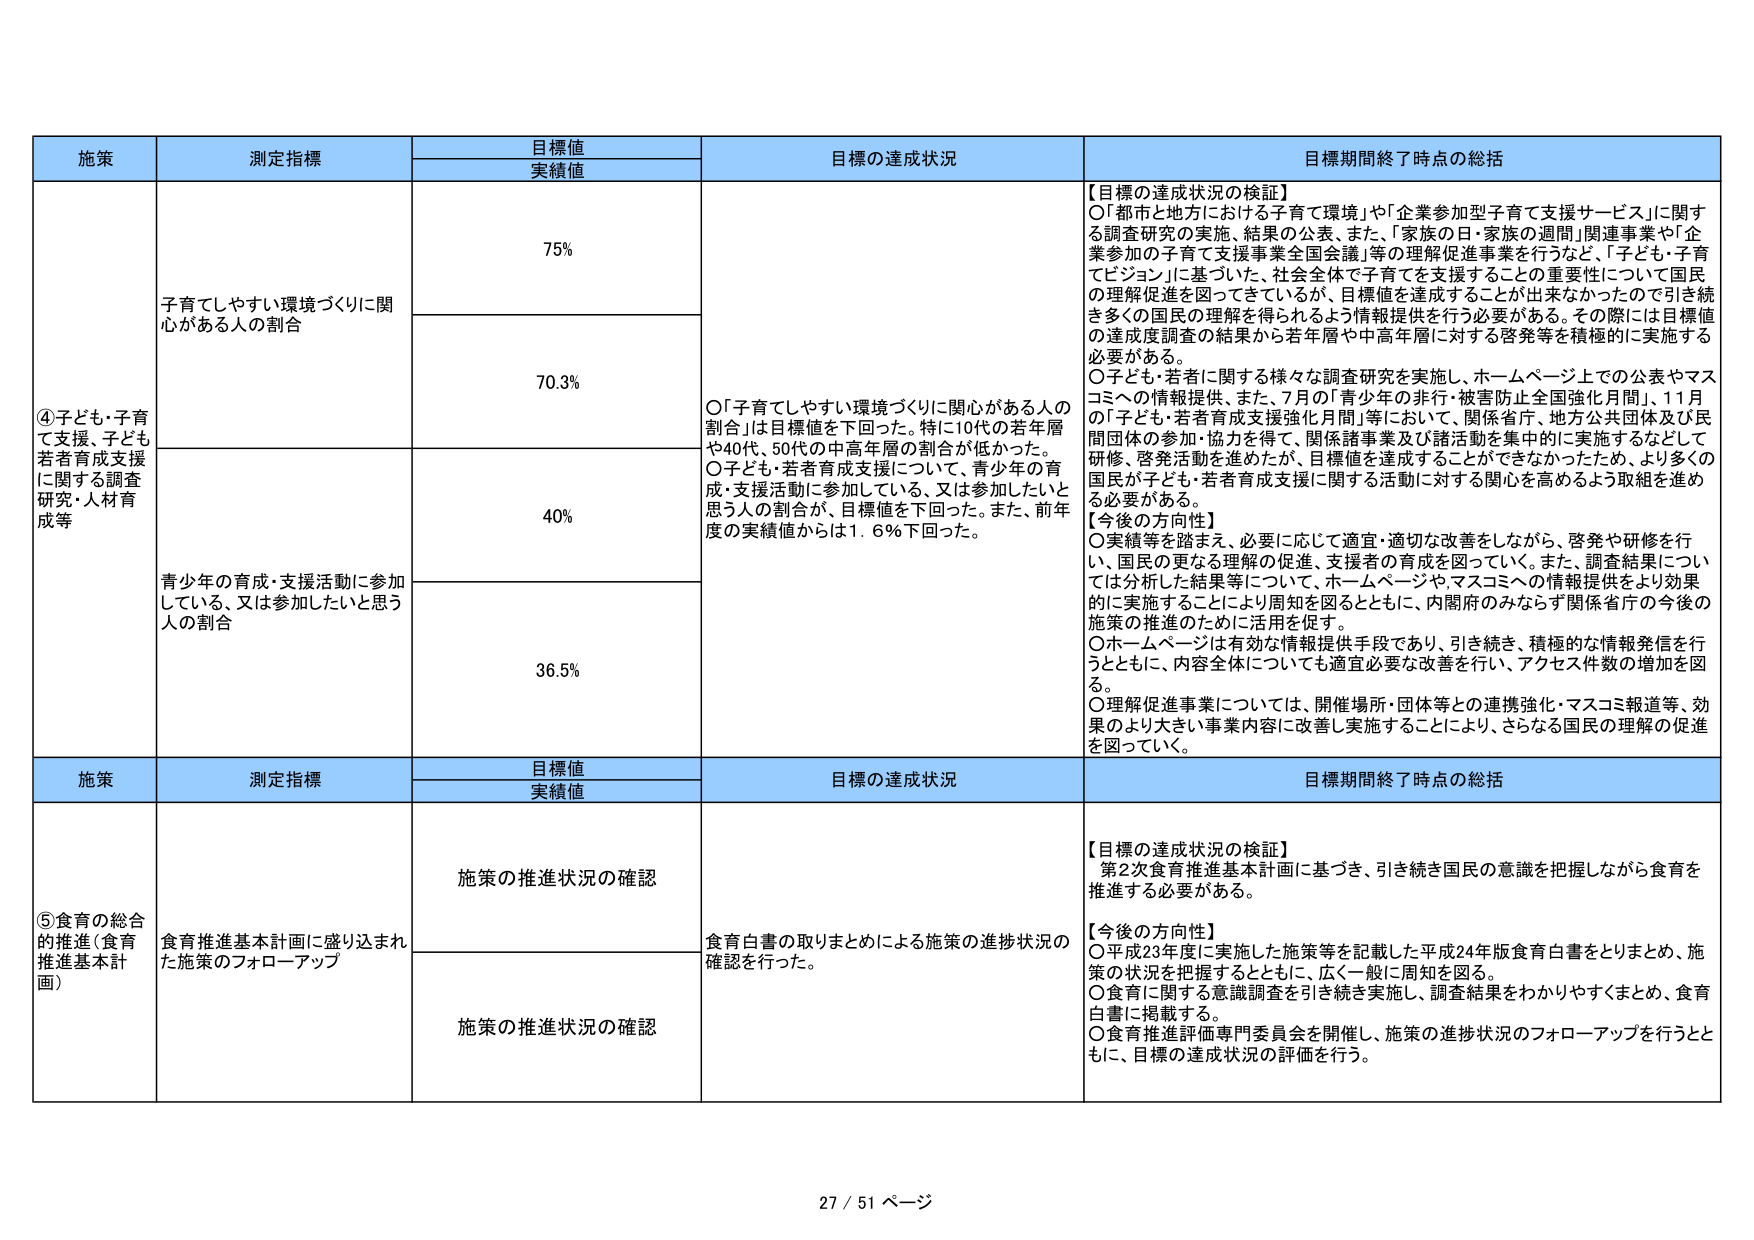
施策
測定指標
目標値
実績値
目標の達成状況
目標期間終了時点の総括
④子ども・子育て支援、子ども若者育成支援に関する調査研究・人材育成等
子育てしやすい環境づくりに関心がある人の割合
75%
〇「子育てしやすい環境づくりに関心がある人の割合」は目標値を下回った。特に10代の若年層や40代、50代の中高年層の割合が低かった。
〇子ども・若者育成支援について、青少年の育成・支援活動に参加している、又は参加したいと思う人の割合が、目標値を下回った。また、前年度の実績値からは1.6％下回った。
【目標の達成状況の検証】
〇「都市と地方における子育て環境」や「企業参加型子育て支援サービス」に関する調査研究の実施、結果の公表、また、「家族の日・家族の週間」関連事業や「企業参加の子育て支援事業全国会議」等の理解促進事業を行うなど、「子ども・子育てビジョン」に基づいた、社会全体で子育てを支援することの重要性について国民の理解促進を図ってきているが、目標値を達成することができなかったので引き続き多くの国民の理解を得られるよう情報提供を行う必要がある。その際には目標値の達成度調査の結果から若年層や中高年層に対する啓発等を積極的に実施する必要がある。
〇子ども・若者に関する様々な調査研究を実施し、ホームページ上での公表やマスコミへの情報提供、また、7月の「青少年の非行・被害防止全国強化月間」、11月の「子ども・若者育成支援強化月間」等において、関係省庁、地方公共団体及び民間団体の参加・協力を得て、関係諸事業及び諸活動を集中的に実施するなどして研修、啓発活動を進めたが、目標値を達成することができなかったため、より多くの国民が子ども・若者育成支援に関する活動に対する関心を高めるよう取組を進め必要がある。
【今後の方向性】
〇実績等を踏まえ、必要に応じて適宜・適切な改善をしながら、啓発や研修を行い、国民の更なる理解の促進、支援者の育成を図っていく。また、調査結果については分析した結果等について、ホームページや、マスコミへの情報提供をより効果的に実施することにより周知を図るとともに、内閣府のみならず関係省庁の今後の施策の推進のために活用を促す。
〇ホームページは有効な情報提供手段であり、引き続き、積極的な情報発信を行うとともに、内容全体についても適宜必要な改善を行い、アクセス件数の増加を図る。
〇理解促進事業については、開催場所・団体等との連携強化・マスコミ報道等、効果のより大きい事業内容に改善し実施することにより、さらなる国民の理解の促進を図っていく。
70.3%
青少年の育成・支援活動に参加している、又は参加したいと思う人の割合
40%
36.5%
施策
測定指標
目標値
実績値
目標の達成状況
目標期間終了時点の総括
⑤食育の総合的推進（食育推進基本計画）
食育推進基本計画に盛り込まれた施策のフォローアップ
施策の推進状況の確認
食育白書の取りまとめによる施策の進捗状況の確認を行った。
【目標の達成状況の検証】
第2次食育推進基本計画に基づき、引き続き国民の意識を把握しながら食育を推進する必要がある。
【今後の方向性】
〇平成23年度に実施した施策等を記載した平成24年版食育白書をとりまとめ、施策の状況を把握するとともに、広く一般に周知を図る。
〇食育に関する意識調査を引き続き実施し、調査結果をわかりやすくまとめ、食育白書に掲載する。
〇食育推進評価専門委員会を開催し、施策の進捗状況のフォローアップを行うとともに、目標の達成状況の評価を行う。
施策の推進状況の確認
27 / 51 ページ